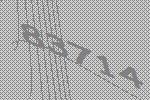
83714